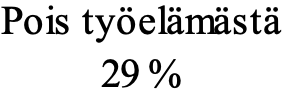
Pois työelämästä 29 %